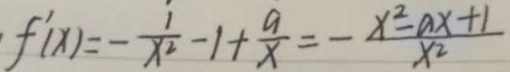
f ^ { \prime } ( x ) = - \frac { 1 } { x ^ { 2 } } - 1 + \frac { a } { x } = - \frac { x ^ { 2 } - a x + 1 } { x ^ { 2 } }